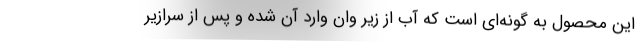
این محصول به گونه‌ای است که آب از زیر وان وارد آن شده و پس از سرازیر